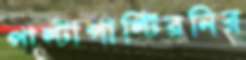
পাল্টাপাল্টিরনির